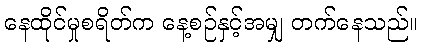
နေထိုင်မှုစရိတ်က နေ့စဉ်နှင့်အမျှ တက်နေသည်။